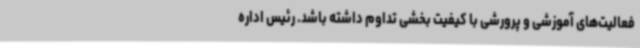
فعالیت‌های آموزشی و پرورشی با کیفیت بخشی تداوم داشته باشد. رئیس اداره